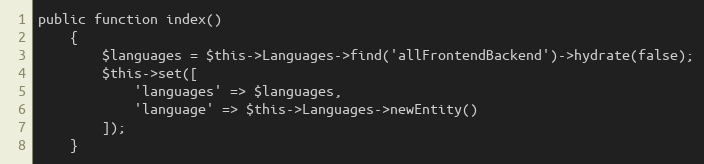
Language: PHP
public function index()
    {
        $languages = $this->Languages->find('allFrontendBackend')->hydrate(false);
        $this->set([
            'languages' => $languages,
            'language' => $this->Languages->newEntity()
        ]);
    }